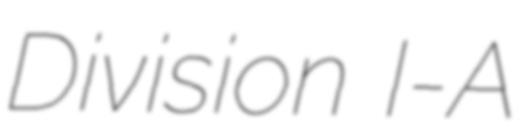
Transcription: Division I-A